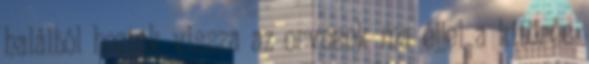
halálból hoztak vissza az orvosok ma éjjel a kitörés